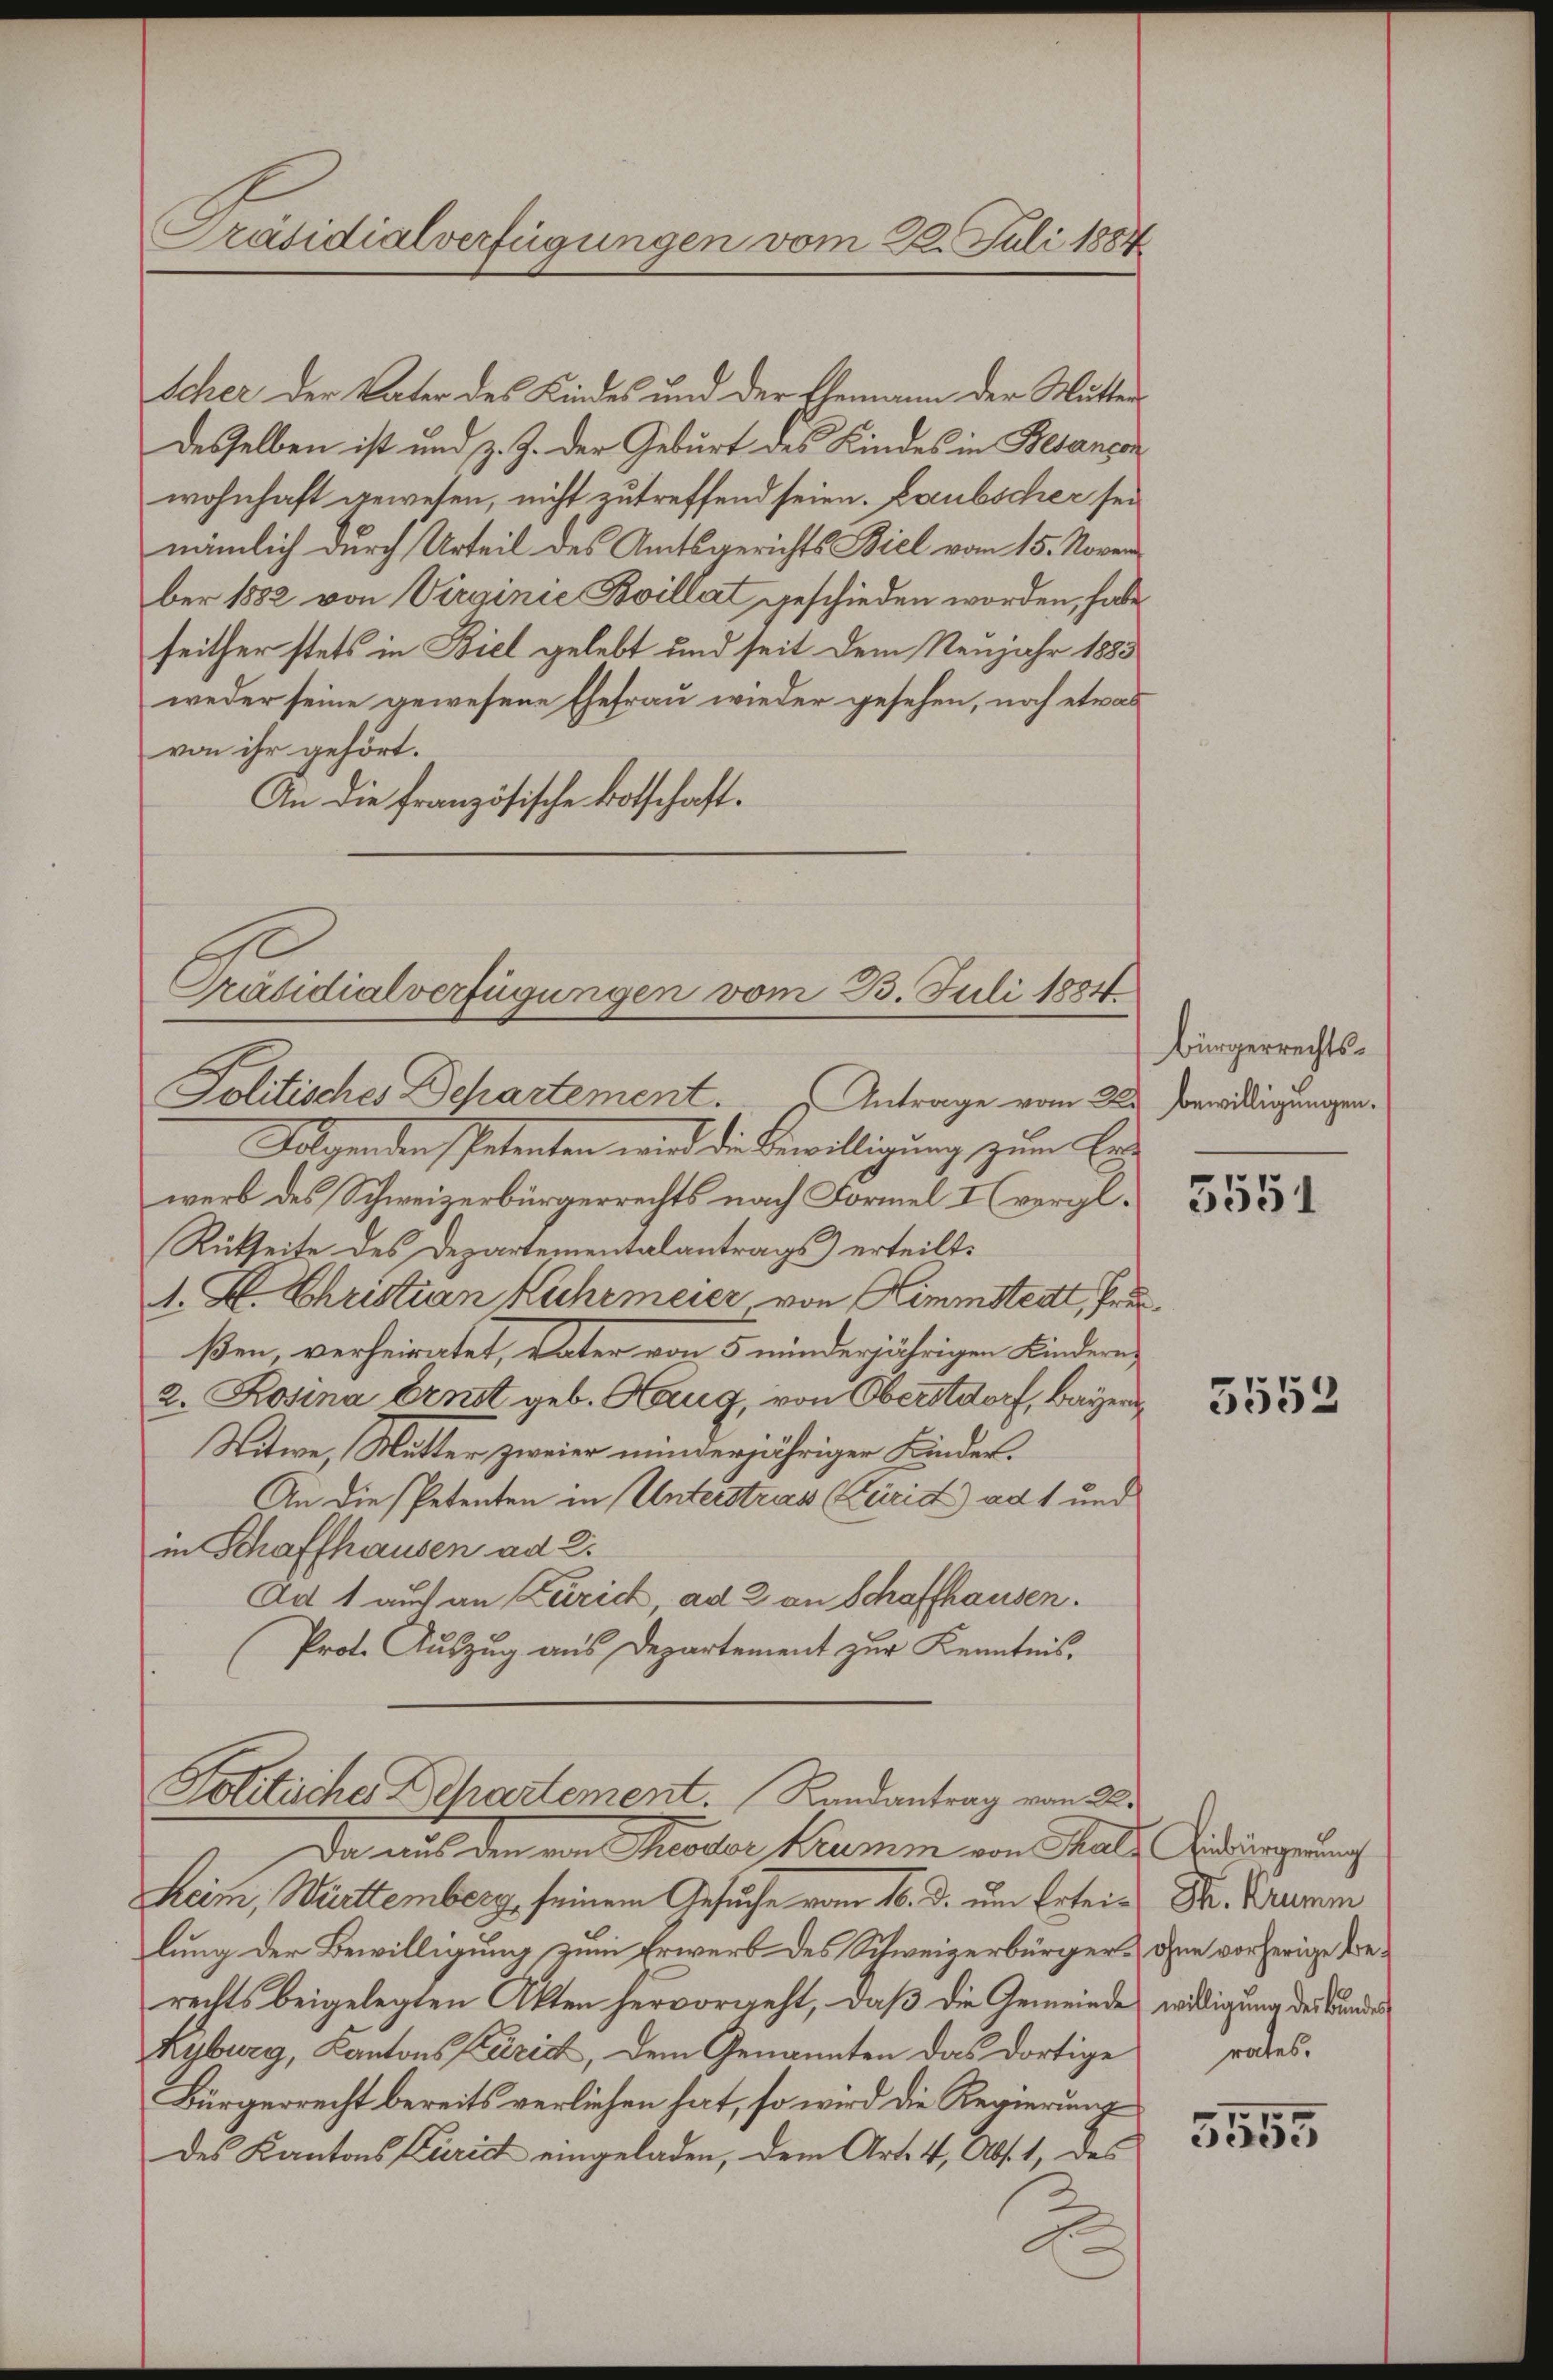
Scher der Vater des Kindes und der Ehemann der Mutter
desselben ist und z. Z. der Geburt des Kindes in Besangen
wohnhaft gewesen, nicht zutreffend seien. Laubscher sei
nämlich durch Urteil des Amtsgerichts Biel vom 15. Noven
ber 1882 von Virginie Boillat geschieden worden, habe
seither stets in Biel gelebt und seit dem Neujahr 1883
weder seine gewesene Ehefrau wieder gesehen, noch etwas
von ihr gehört.
An die französische Botschaft.
Präsidialverfügungen vom 23. Juli 1884

Präsidialverfügungen vom 28. Juli 1884

Politisches Departement  .  ..  Antrage vom 22. Verwildigungen.

Folgenden Petenten wird die Bewilligung zum Erwerb des Schweizerbürgerrechts nach Formel I (vergl.
Rückseite des Departementalantrags) erteilt:
1. L. Christian Kuhrmeier, von Kimmstert, bei
ßen, verheiratet, Vater von 5 minderjährigen Kindere,
2. Rosina Ernst geb. Haug, von Oberstdorf, Bayern
Witwe, Mutter zweier minderjähriger Kinder.
An die Petenten in Unterstras (Zürich) ad 1 und
in Schaffhausen ad 2.
Ad 1 auf an Zürich ad 2 an Schaffhausen.
Prot. Auszug aus Departement zur Kenntnis.

Politische Departement. Randantrag vom 22.

Da aus den von Theodor Krumm von Hals Gedingung
Heim, Württemberg, seinem Gesuche vom 16. d. um Ertei- Dr. Krumm
lung der Bewilligung zum Erwerb des Schweizerbürger die vorherige Berechts beigelegten Akten hervorgeht, daß die Gemeinde wirdigung des Bundes
Kyburg, Kantons Zürich, dem Genannten das dortige
Bürgerrecht bereits verliehen hat, so wird die Regierung
des Kantons Curist eingeladen, dem Art. 4, Abs. 1, des

bürgerrechts¬

3551

3552

rates.

e
555.